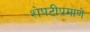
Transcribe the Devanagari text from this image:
शेपटीप्रमाणे